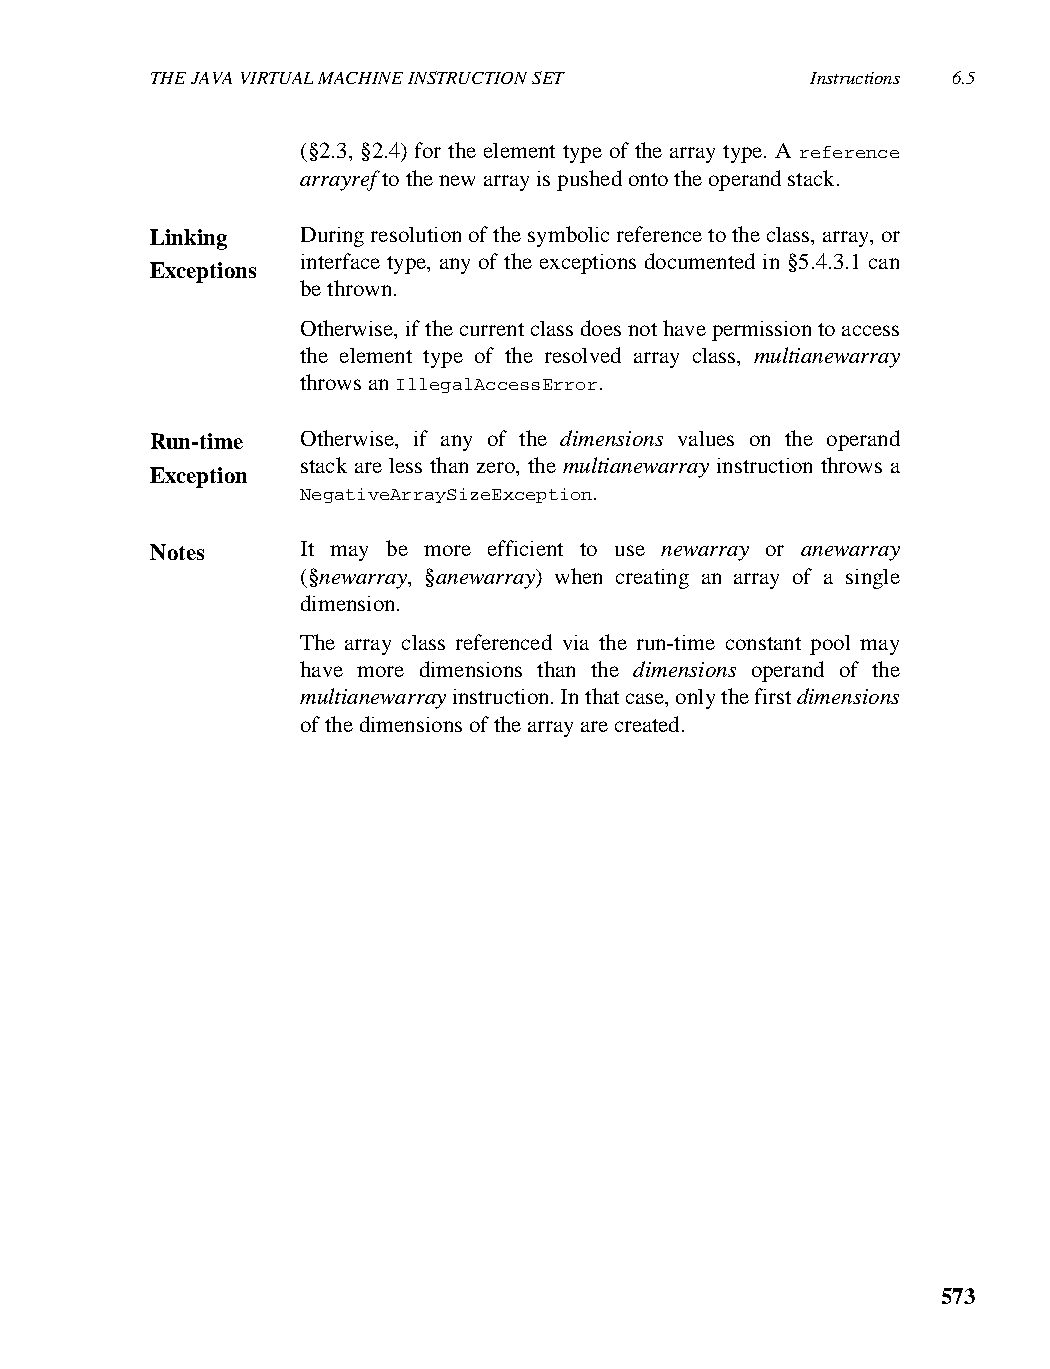
THE JAVA VIRTUAL MACHINE INSTRUCTION SET    Instructions 6.5
 (§2.3, §2.4) for the element type of the array type. A reference
 arrayref to the new array is pushed onto the operand stack.
 Linking   During resolution of the symbolic reference to the class, array, or
 interface type, any of the exceptions documented in §5.4.3.1 can
 Exceptions
 be thrown.
 Otherwise, if the current class does not have permission to access
 the element type of the resolved array class, multianewarray
 throws an IllegalAccessError.
 Run-time  Otherwise, if any of the dimensions values on the operand
 stack are less than zero, the multianewarray instruction throws a
 Exception
 NegativeArraySizeException.
 Notes     It may be more efficient to use newarray or anewarray
 (§newarray, §anewarray) when creating an array of a single
 dimension.
 The array class referenced via the run-time constant pool may
 have more dimensions than the dimensions operand of the
 multianewarray instruction. In that case, only the first dimensions
 of the dimensions of the array are created.
 573